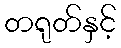
တရုတ်နှင့်